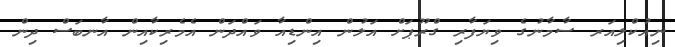
ނިއުކްލިއަރ ސާމާނުގެ ވިޔަފާރި ގްރޫޕަށް އަލުން އިންޑިއާ ވައްދަން އެމެރިކާއިން އާނބަސް ދިން